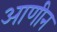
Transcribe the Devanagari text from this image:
आणीन